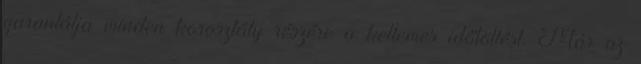
garantálja minden korosztály részére a kellemes időtöltést. Már az